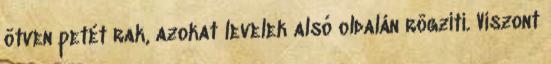
ötven petét rak, azokat levelek alsó oldalán rögzíti. Viszont